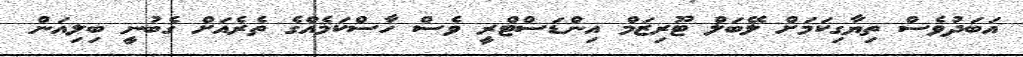
އަބަދުވެސް ތިޔާގިކަމަށް ލޭބަލް ޓޫރިޒަމް އިންޑަސްޓްރީ ވެސް ހާސްކަމެއްގެ ތެރެއަށް ގެބުނީ ބިލިއަން